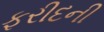
ફરીદની